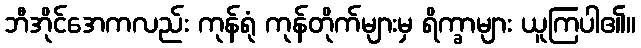
ဘီအိုင်အေကလည်း ကုန်ရုံ ကုန်တိုက်များမှ ရိက္ခာများ ယူကြပါ၏။